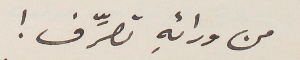
من ورائهِ تصرِّف!